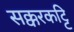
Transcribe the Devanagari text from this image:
सक्करकट्टि